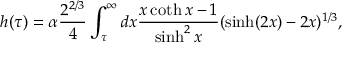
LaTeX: h ( \tau ) = \alpha \frac { 2 ^ { 2 / 3 } } { 4 } \int _ { \tau } ^ { \infty } d x \frac { x \coth x - 1 } { \sinh ^ { 2 } x } ( \sinh ( 2 x ) - 2 x ) ^ { 1 / 3 } ,